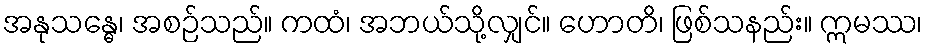
အနုသန္ဓေ၊ အစဉ်သည်။ ကထံ၊ အဘယ်သို့လျှင်။ ဟောတိ၊ ဖြစ်သနည်း။ ဣမဿ၊